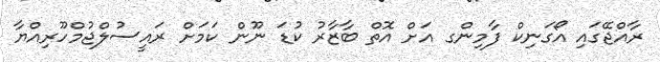
ރާއްޖޭގައި އޯގަނިކް ފާމިންގ އަށް އޮތް ބާޒާރު ކުޑަ ނޫން ކަމަށް ރައީސުލްޖުމްހޫރިއްޔާ